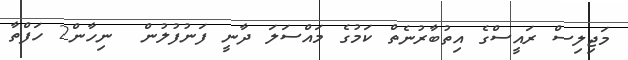
މަޖިލިސް ރައީސްގެ އިތުބާރުނެތް ކަމުގެ މައްސަލަ ދާނީ ފަނުފުލުން  ނިހާން2 ހަފްތާ